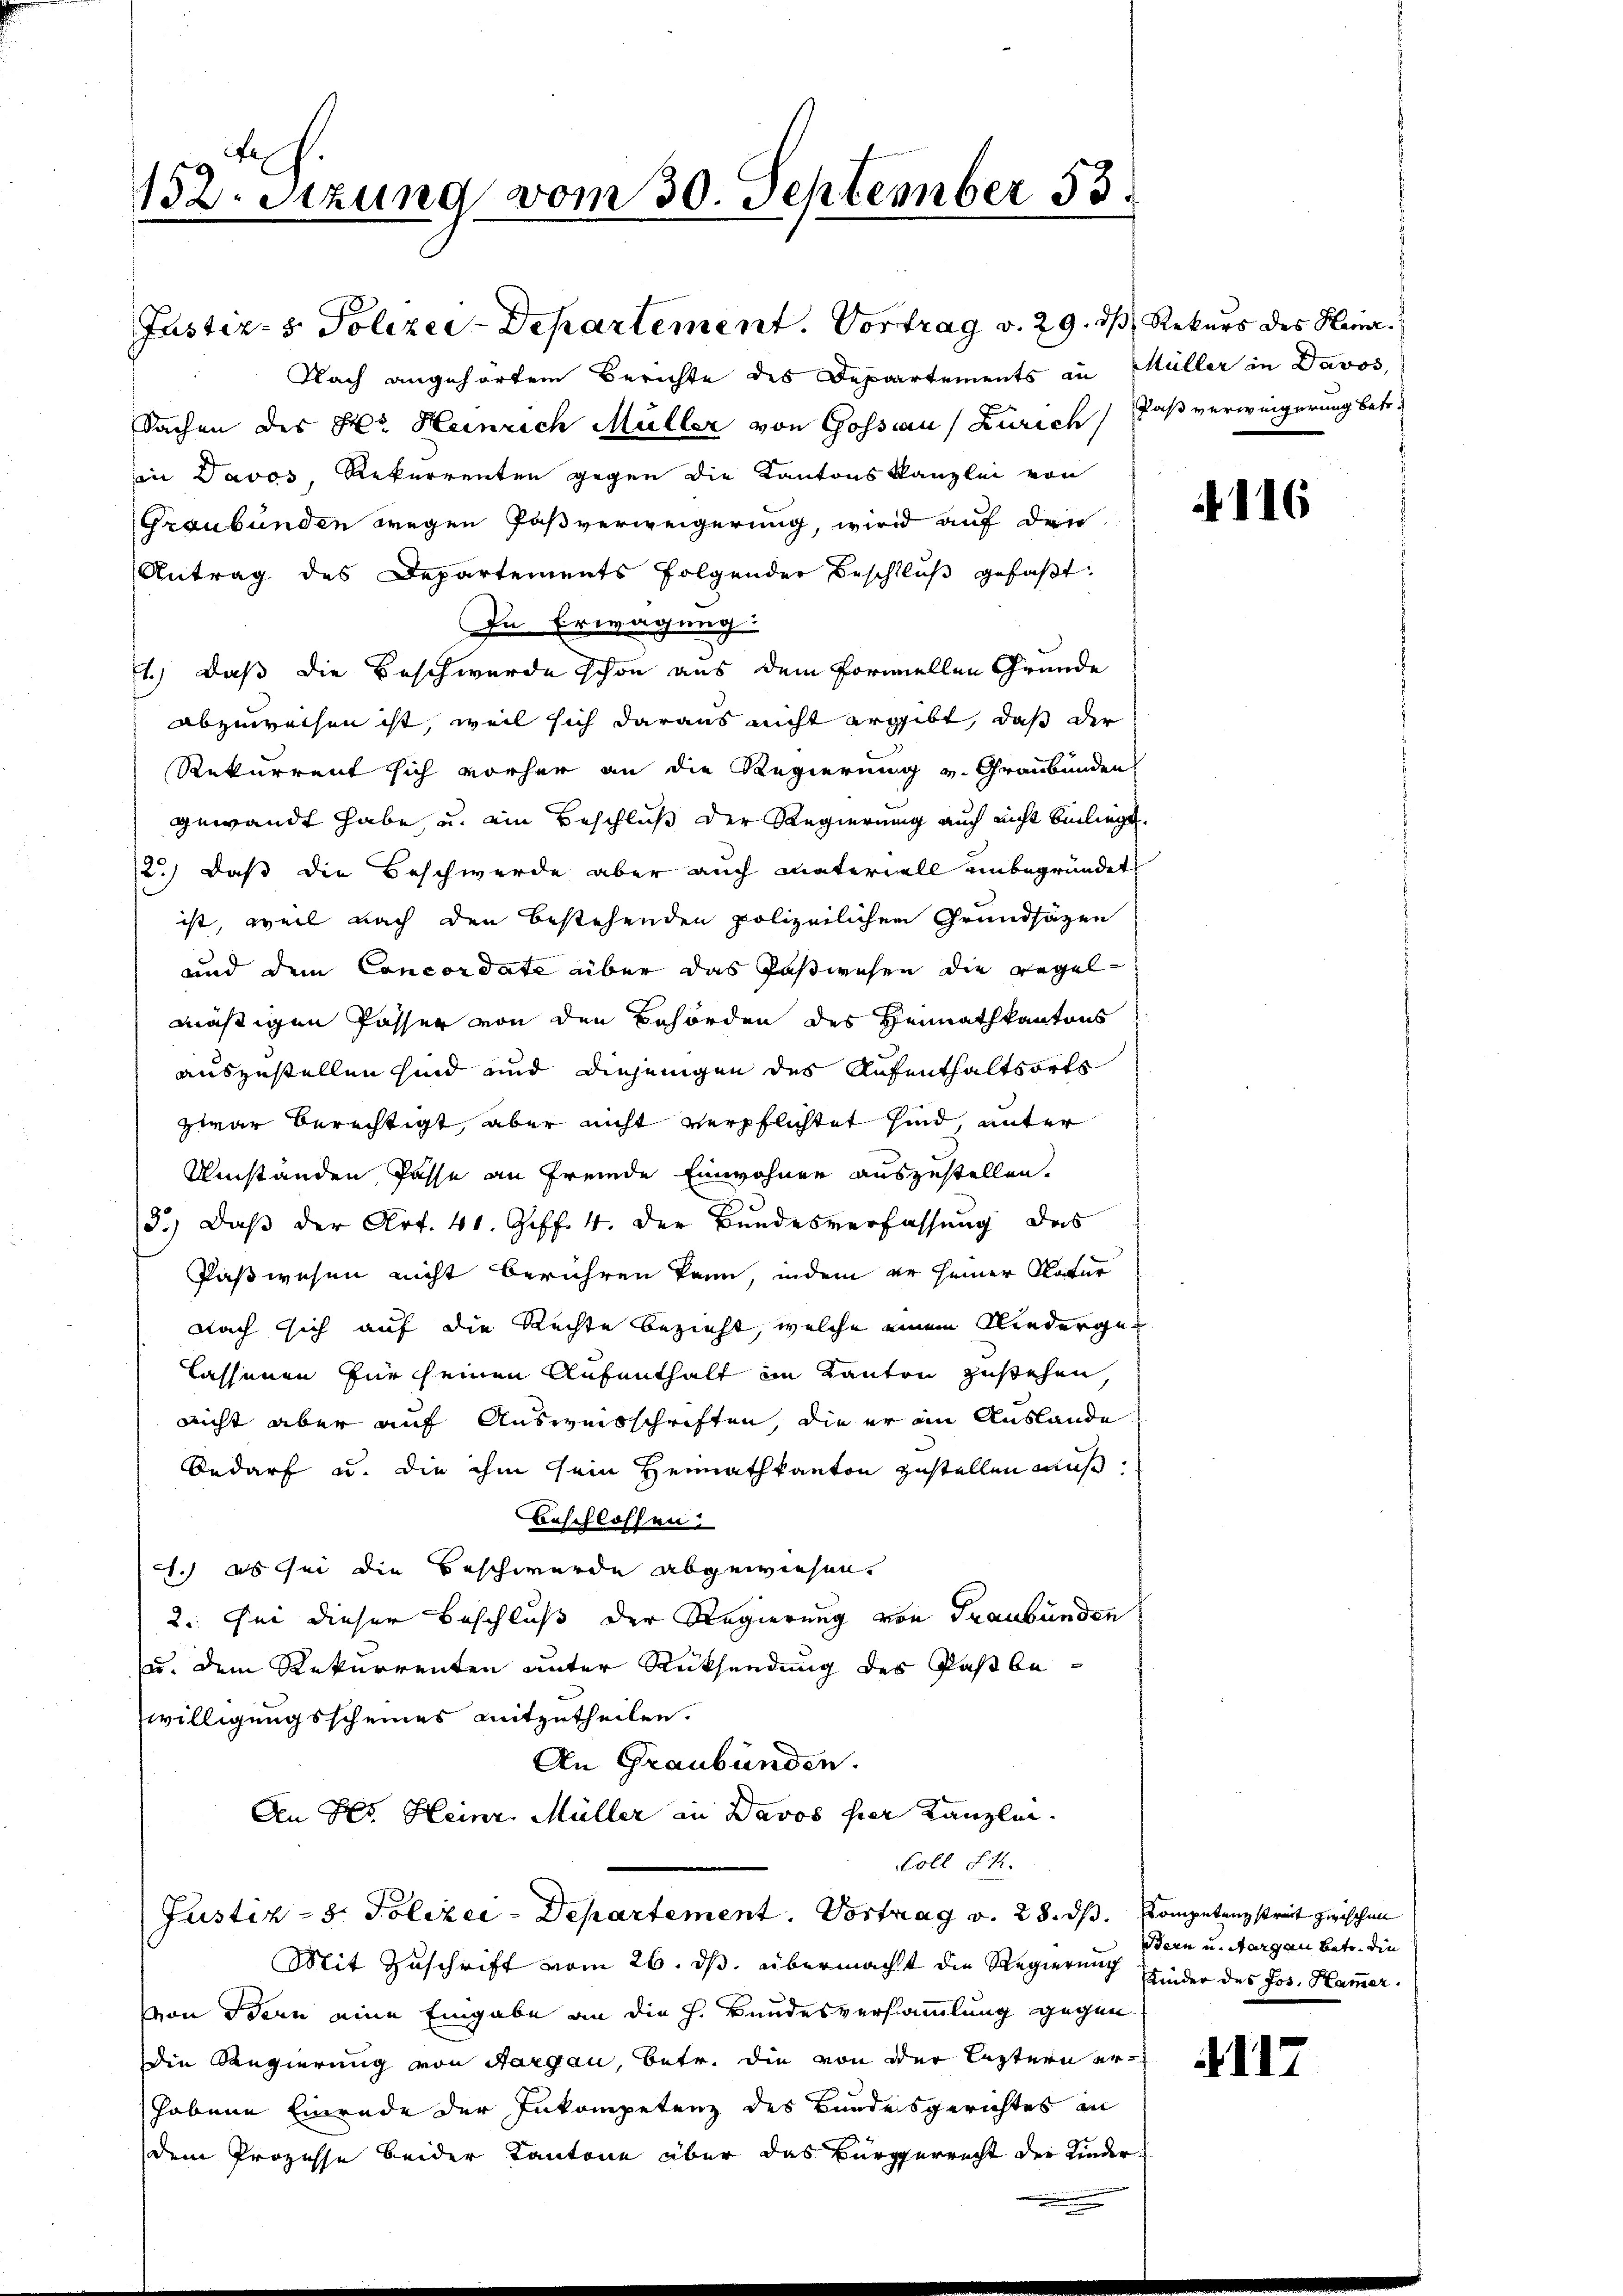
152. Sitzung vom 30. September 55.

Nach angehörtem Berichte des Departements in Müller in Davos,
Sachen des Hr. Heinrich Müller von Gossau (Zürich, daß verweigerung betr.
in Davos, Rekurrenten gegen die Kantonskanzlei von
Graubünden wegen Paßverweigerung, wird auf den
Antrag des Departements folgender Beschlŭβ gefaβt:
In Erwägung
1.) Daß die Beschwerde schon aus dem formellen Gründe
abzuweisen ist, weil sich daraus nicht ergibt, daß der
Rekurrent sich vorher an die Regierung v. Graubünden
gewandt habe, u. ein Beschluß der Regierung auch nicht bin liegt.
2.) daß die Beschwerde aber auch materiell unbegründet
ist, weil nach den bestehenden polizeilichen Grundsazen
und dem Concordate über das Paßwesen die Regelmäßigen Passer von den Behörden des Heimathkantons
auszustellen sind und diejenigen des Aufenthaltsorts
zwar berechtigt, aber nicht verpflichtet sind, unter
Umständen Pässe an fremde Einwohner auszustellen.
3.) Daß der Art. 41. Geff. 4. der Bundesverfassung des
Paßwesen nicht berühren kann, indem er seiner Natur
nach sich auf die Rechte bezieht, welche einem Niedergelassenen für seinen Aufenthalt im Kanton zustehen,
nicht aber auf Ausweisschriften, die er im Auslande
Bedarf u. die ihm sein Heimathkanton zustellen muß.
Anschlossen:
1.) es sei die Beschwerde abgewiesen.
2. Sei dieser Beschluß der Regierung von Graubünden
u. dem Rekurrenten unter Rücksendung des Paß bewilligungsscheines mitzutheilen.
An Graubünden.
Den Hs. Heinr. Müller in Davos hier Kanzlei.
Coll dh.
Justiz- & Polizei-Departement. Vortrag v. 28. ds. Kompetenz streit zwischen
Mit Zuschrift vom 26. ds. übermacht die Regierung Kinder des Jos. Hammer.
Von Bern eine Eingabe an die h. Bundesversammlung gegen
die Regierung von Aargau, betr. die von der Lastern erhobene Einrade der Inkompetenz des Bundesgerichtes in
dem Prozesse beider Kantone über das Bürgerrecht der Kinder¬

Justiz- & Polizei-Departement. Vortrag v. 29. ds Rekurs des Heine

4116

Bern u. Aargau betr. die

117